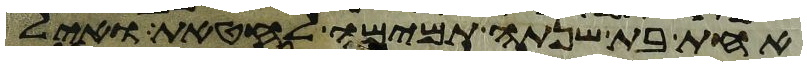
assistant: אחת בת שנתה תמימה לחטאת ואיל